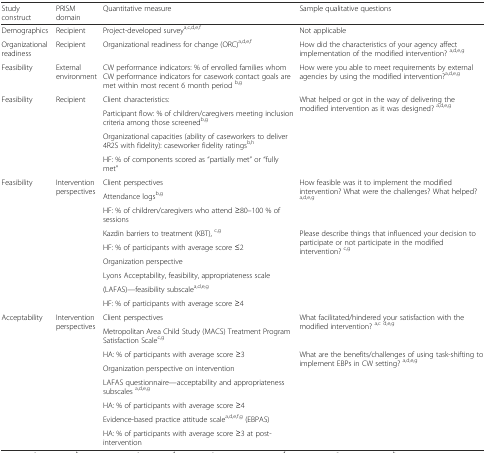
| Study construct | PRISM domain | Quantitative measure | Sample qualitative questions |
 | --- | --- | --- | --- |
 | Demographics | Recipient | Project-developed surveya,c,d,e,f | Not applicable |
 | Organizational readiness | Recipient | Organizational readiness for change (ORC)a,d,e,f | How did the characteristics of your agency affect implementation of the modified intervention? a,d,e,g |
 | Feasibility | External environment | CW performance indicators: % of enrolled families whom CW performance indicators for casework contact goals are met within most recent 6 month period b,g | How were you able to meet requirements by external agencies by using the modified intervention?a,d,e,g |
 | <ROWSPAN=4> Feasibility | <ROWSPAN=4> Recipient | Client characteristics: | <ROWSPAN=4> What helped or got in the way of delivering the modified intervention as it was designed? a,d,e,g |
 | Participant flow: % of children/caregivers meeting inclusion criteria among those screenedb,g |
 | Organizational capacities (ability of caseworkers to deliver 4R2S with fidelity): caseworker fidelity ratingsb,h |
 | HF: % of components scored as “partially met” or “fully met” |
 | <ROWSPAN=9> Feasibility | <ROWSPAN=9> Intervention perspectives | Client perspectives | <ROWSPAN=3> How feasible was it to implement the modified intervention? What were the challenges? What helped? a,d,e,g |
 | Attendance logsb,g |
 | HF: % of children/caregivers who attend ≥80–100 % of sessions |
 | Kazdin barriers to treatment (KBT), c,g | <ROWSPAN=6> Please describe things that influenced your decision to participate or not participate in the modified intervention? c,g |
 | HF: % of participants with average score ≤2 |
 | Organization perspective |
 | Lyons Acceptability, feasibility, appropriateness scale |
 | (LAFAS)—feasibility subscalea,d,e,g |
 | HF: % of participants with average score ≥4 |
 | <ROWSPAN=8> Acceptability | <ROWSPAN=8> Intervention perspectives | Client perspectives | <ROWSPAN=2> What facilitated/hindered your satisfaction with the modified intervention? a,c d,e,g |
 | Metropolitan Area Child Study (MACS) Treatment Program Satisfaction Scalec,g |
 | HA: % of participants with average score ≥3 | <ROWSPAN=6> What are the benefits/challenges of using task-shifting to implement EBPs in CW setting? a,d,e,g |
 | Organization perspective on intervention |
 | LAFAS questionnaire—acceptability and appropriateness subscales a,d,e,g |
 | HA: % of participants with average score ≥4 |
 | Evidence-based practice attitude scalea,d,e,f,g (EBPAS) |
 | HA: % of participants with average score ≥3 at post-intervention |